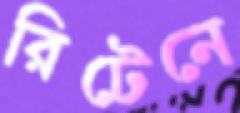
রিটেনে